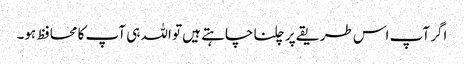
اگر آپ اس طریقے پر چلنا چاہتے ہیں تو اللہ ہی آپ کا محافظ ہو۔